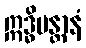
ဣဒ္ဓိမန္တာနံ